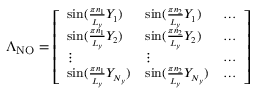
\begin{array} { r } { \small \Lambda _ { \mathrm { N O } } = \left[ \begin{array} { l l l } { \sin ( \frac { \pi n _ { 1 } } { L _ { y } } Y _ { 1 } ) } & { \sin ( \frac { \pi n _ { 2 } } { L _ { y } } Y _ { 1 } ) } & { \hdots } \\ { \sin ( \frac { \pi n _ { 1 } } { L _ { y } } Y _ { 2 } ) } & { \sin ( \frac { \pi n _ { 2 } } { L _ { y } } Y _ { 2 } ) } & { \hdots } \\ { \vdots } & { \vdots } & { \hdots } \\ { \sin ( \frac { \pi n _ { 1 } } { L _ { y } } Y _ { N _ { y } } ) } & { \sin ( \frac { \pi n _ { 2 } } { L _ { y } } Y _ { N _ { y } } ) } & { \hdots } \end{array} \right] } \end{array}